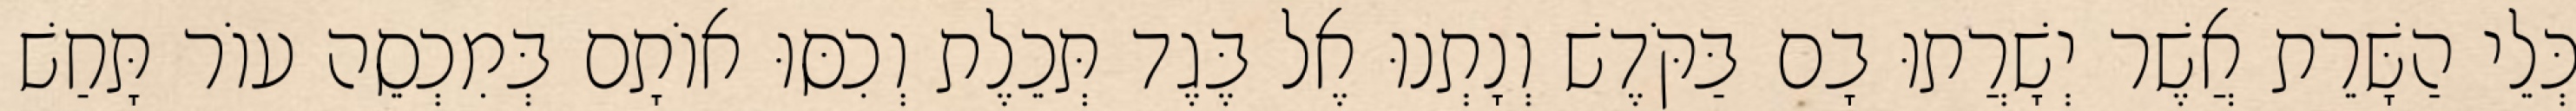
כְּלֵי הַשָּׁרֵת אֲשֶׁר יְשָׁרֲתוּ בָם בַּקֹּדֶשׁ וְנָתְנוּ אֶל בֶּגֶד תְּכֵלֶת וְכִסּוּ אוֹתָם בְּמִכְסֵה עוֹר תָּחַשׁ